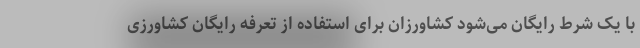
با یک شرط رایگان می‌شود کشاورزان برای استفاده از تعرفه رایگان کشاورزی